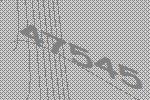
47545